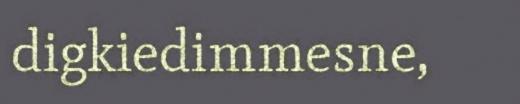
digkiedimmesne,